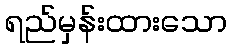
ရည်မှန်းထားသော